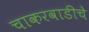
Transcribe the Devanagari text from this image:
चाकरवाडीचे